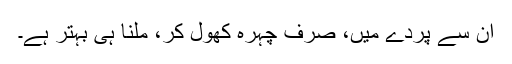
اُن سے پردے میں، صرف چہرہ کھول کر، ملنا ہی بہتر ہے۔